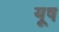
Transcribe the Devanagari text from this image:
यूष